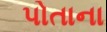
પોતાના